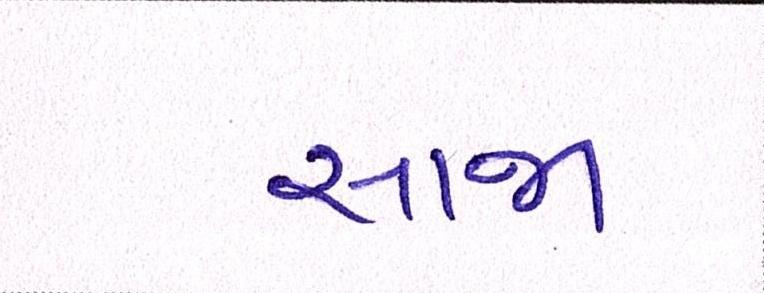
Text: સાજા